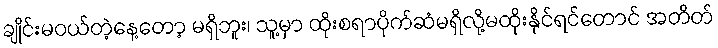
ချိုင်းမဝယ်တဲ့နေ့တော့ မရှိဘူး၊ သူ့မှာ ထိုးစရာပိုက်ဆံမရှိလို့မထိုးနိုင်ရင်တောင် အတိတ်